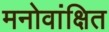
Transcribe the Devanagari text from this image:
मनोवांक्षित